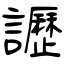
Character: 讈